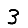
Digit: 3